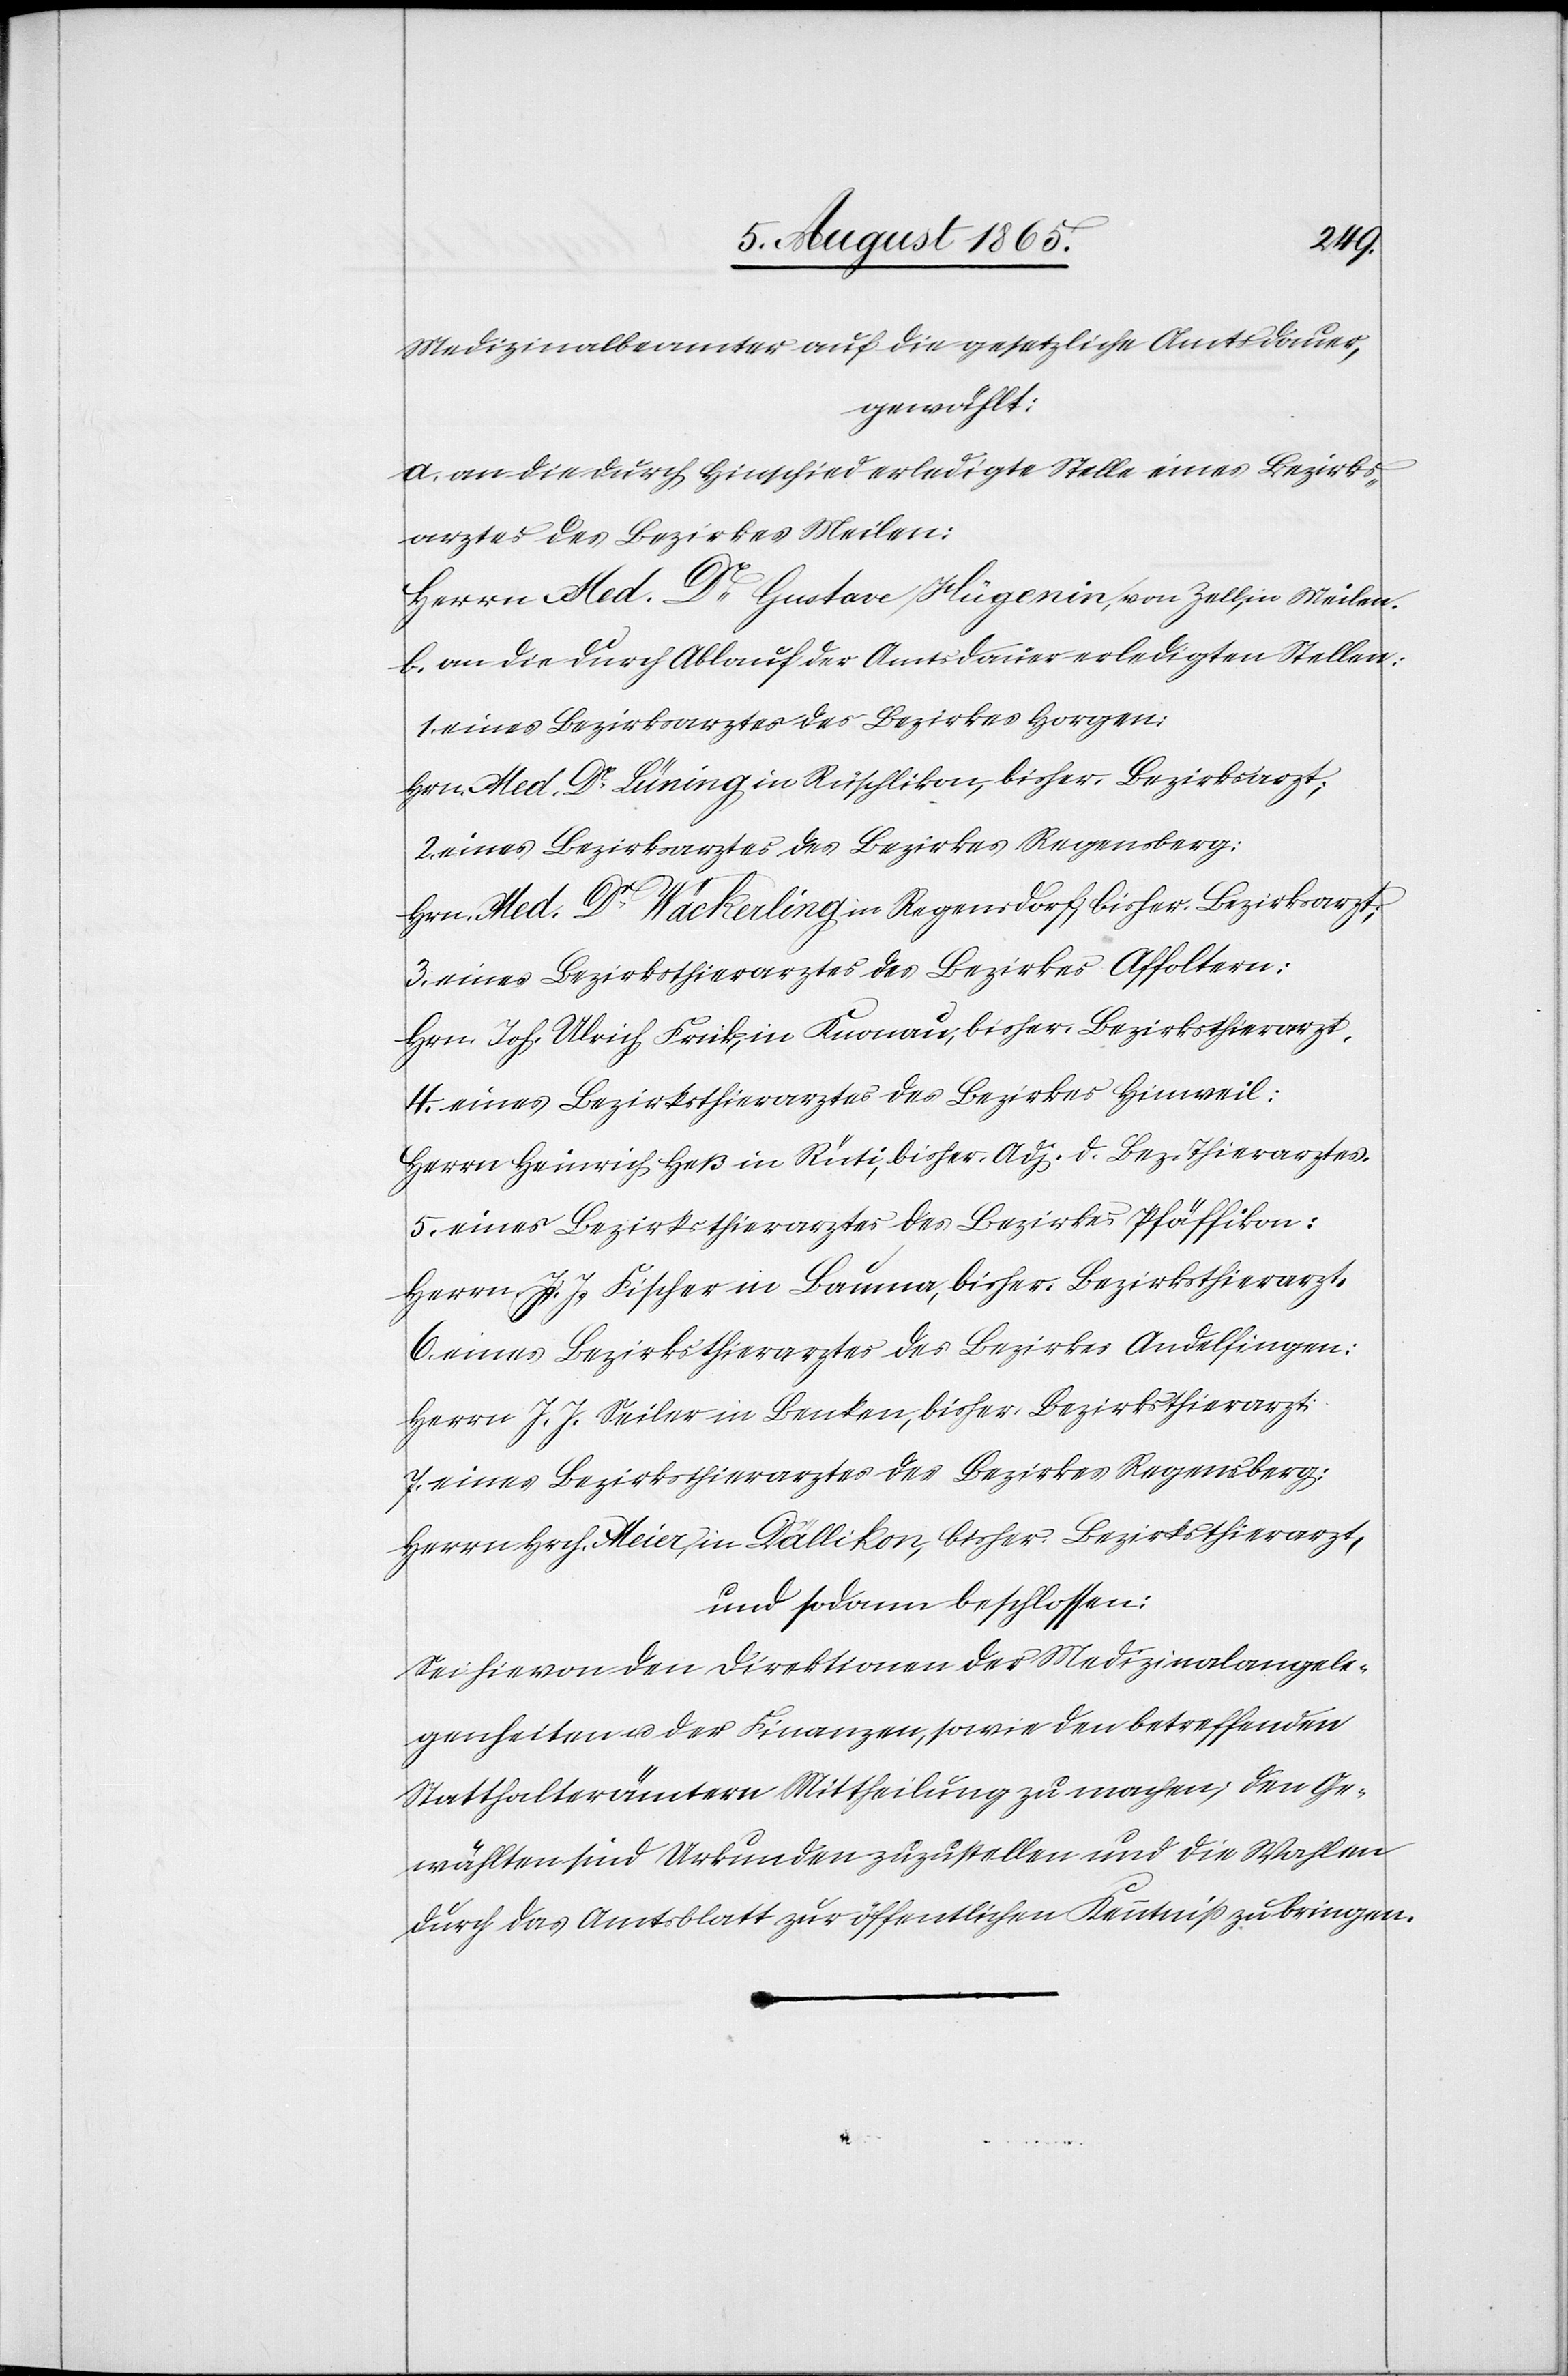
Medizinalbeamter auf die gesetzliche Amtsdauer,
gewählt:
a. an die durch Hinschied erledigte Stelle eines Bezirks¬
arztes des Bezirkes Meilen:
Herrn Med. Dr Gustave, Hügenin, von Zell, in Meilen.
b. an die durch Ablauf der Amtsdauer erledigten Stellen:
1. eines Bezirksarztes des Bezirkes Horgen:
Hrn. Med. Dr Lüning in Rüschlikon, bisher. Bezirksarzt;
2. eines Bezirksarztes des Bezirkes Regensberg:
Hrn. Med. Dr Wäckerling in Regensdorf, bisher Bezirksarzt;
3. eines Bezirksthierarztes des Bezirkes Affoltern:
Hrn. Joh. Ulrich Rick, in Knonau, bisher. Bezirksthierarzt.
4. eines Bezirksthierarztes des Bezirk Hinweil:
Herrn Heinrich Heß in Rüti, bisher. Adj. d. Bez. Thierarztes.
5. eines Bezirksthierarztes des Bezirkes Pfäffikon:
Herrn J. J. Fischer in Bauma, bisher. Bezirksthierarzt.
6. eines Bezirksthierarztes des Bezirkes Andelfingen:
Herrn J. J. Seiler in Benken, bisher. Bezirksthierarzt;
7. eines Bezirksthierarztes des Bezirkes Regensberg:
Herrn Hrch. Meier, in Dällikon, bisher. Bezirksthierarzt,
und sodann beschlossen:
Sei hievon den Direktionen der Medizinalangele¬
genheiten u. der Finanzen, sowie den betreffenden
Statthalterämtern Mittheilung zu machen; den Ge¬
wählten sind Urkunden zuzustellen und die Wahlen
durch das Amtblatt zur öffentlichen Kenntniß zu bringen.